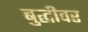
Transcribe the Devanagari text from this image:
बुद्धीवर